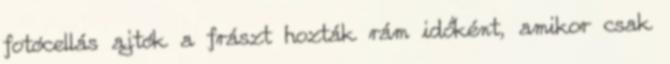
fotócellás ajtók a frászt hozták rám időként, amikor csak